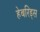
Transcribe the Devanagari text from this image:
हेबरिड्स